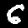
Label: 6